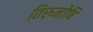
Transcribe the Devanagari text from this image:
तिरुमोषि